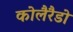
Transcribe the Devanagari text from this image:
कोलैरैडो